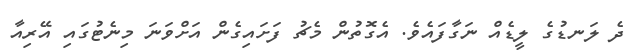
ދެ ލަނޑުގެ ލީޑެއް ނަގާފައެވެ. އެގޮތުން މެޗު ފަށައިގެން އަށްވަނަ މިނެޓުގައި އޭރިއާ